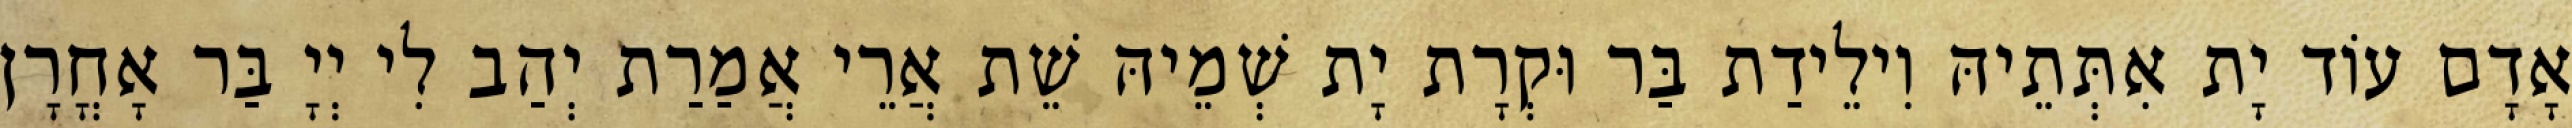
אָדָם עוֹד יָת אִתְּתֵיהּ וִילֵידַת בַּר וּקְרָת יָת שְׁמֵיהּ שֵׁת אֲרֵי אֲמַרַת יְהַב לִי יְיָ בַּר אָחֳרָן